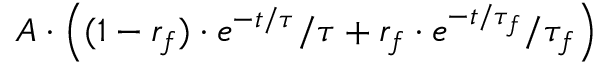
A \cdot \left( ( 1 - r _ { f } ) \cdot { e ^ { { - t } / { \tau } } } / { \tau } + r _ { f } \cdot { e ^ { { - t } / { \tau _ { f } } } / } { \tau _ { f } } \right)